Trukikaitis_Postimees, lk 39
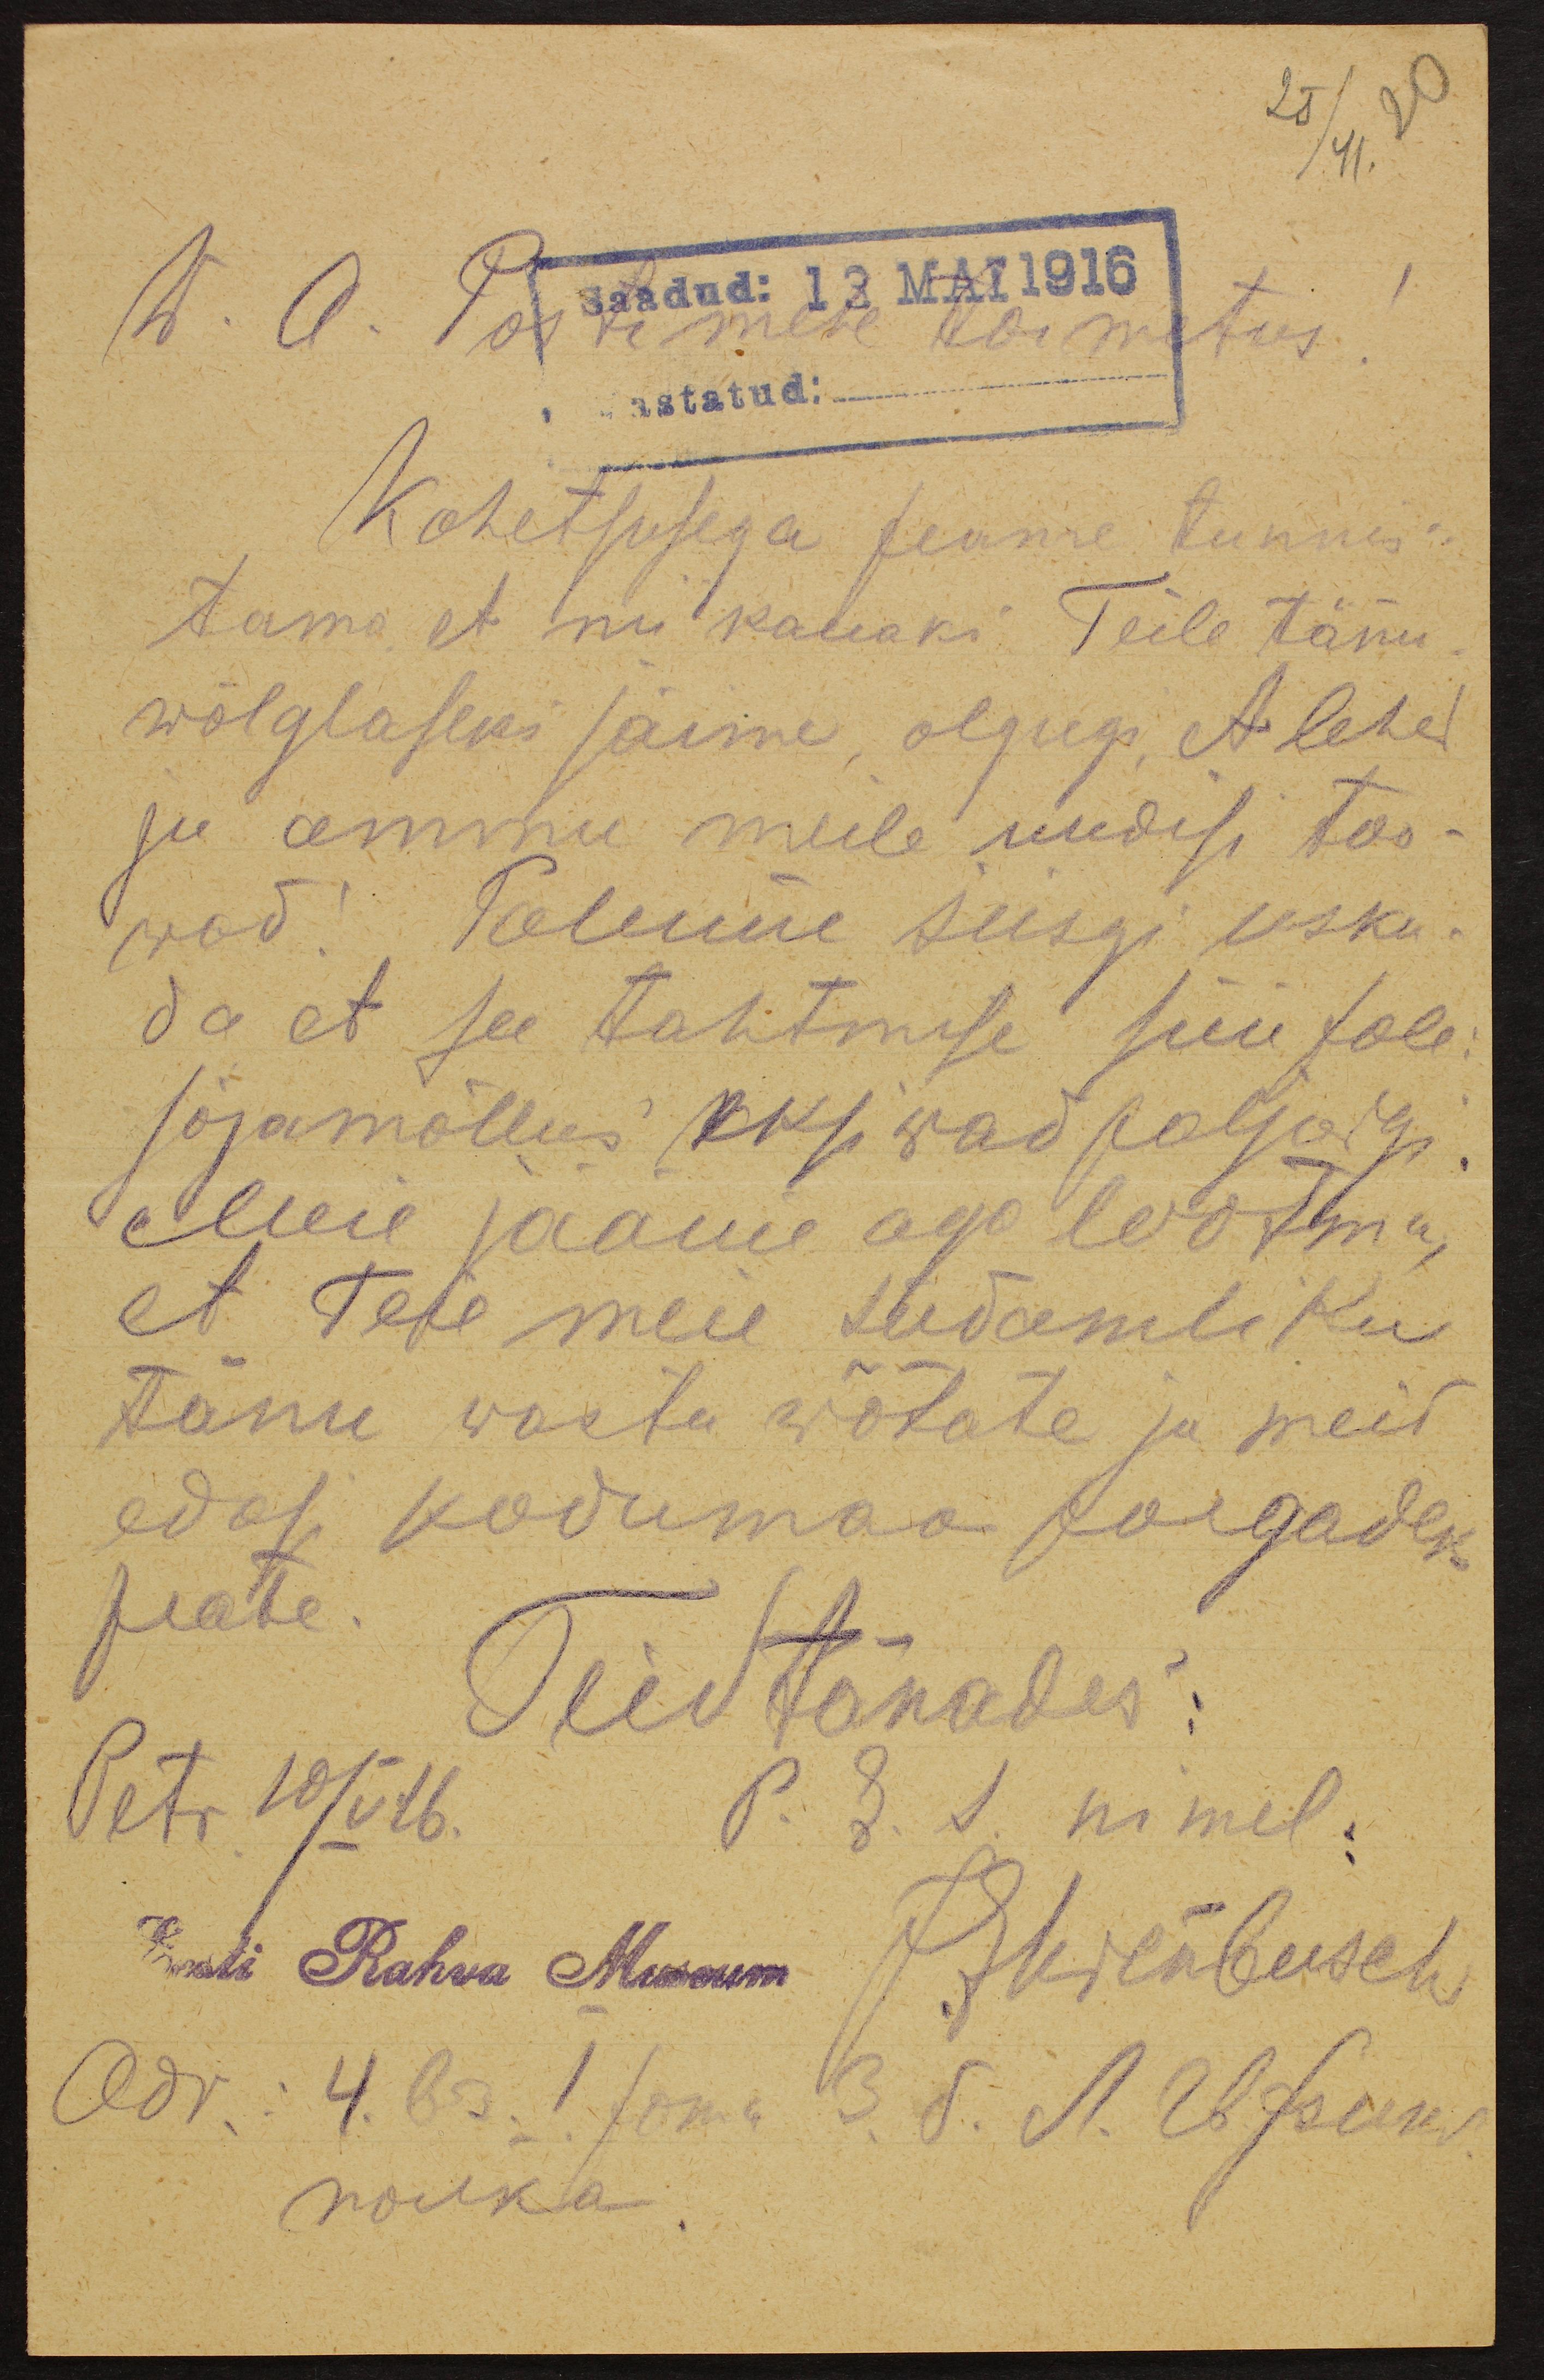
25/41 20
W. A. Postimehe toimetus!
astatud:
Kohetsusega saame tunnis-
tama, et nii kauaks Teile tänu
wõlglaseks jäime, olgugi, et lehed
ju ammu meile uudisi too-
wad! Palume siisgi usku-
da et see tahtmise süü pole
sõjamöllus eksiwad paljodgi
Meie jääme aga lootma,
et Teie meie südamliku
tänu wastu wõtate ja meid
edasi kodumaa poigadeks
peate.
Teid tänades:
Petr 10/V 16. P. &. I. nimel.
Eesti Rahva Museum  JEksembusch
Adr. 4. Ots. 1 jama 3. 5. A. Obfson
nõukla